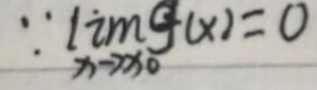
\[\because \lim_{x \to x_0} g(x)=0\]